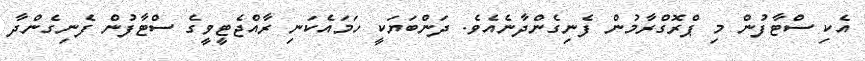
އެކި ސްޓާފުން މި ޕްރޮގްރާމުން ފެނިގެންދާނެއެވެ. ދަންބަޔަކީ ހަމައެކަނި ރާއްޖެޓީވީގެ ސްޓާފުން ފެނިގެންދާ